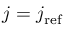
j = j _ { \mathrm { r e f } }